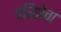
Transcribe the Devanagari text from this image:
परिक्षेचा